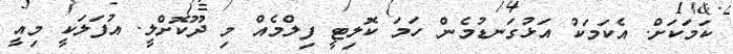
ކަމަކަށް. އެކަމަކު އަޅުގަނޑުމެން ހަމަ ކޮލިޓީ ފިލްމެއް މި ދޫކޮށްލީ. އުފަލަކީ މިއީ